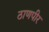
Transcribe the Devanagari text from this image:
ठाणपीर